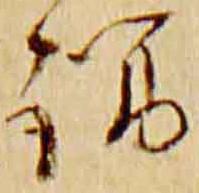
謂